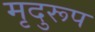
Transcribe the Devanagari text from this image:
मृदुरूप